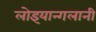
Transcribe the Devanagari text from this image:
लोइयान्गलानी